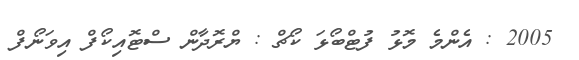
2005 : އެންމެ މޮޅު ފުޓްބޯޅަ ކޯޗް : ޔްރޮދާން ސްޓޮއިކޯފް އިވަނޯފް